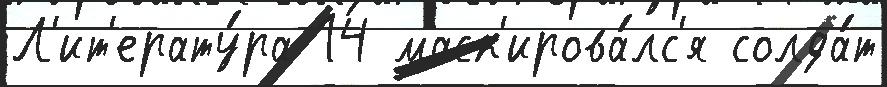
Л'ит'ерату́ра 14 маск'ирова́лс'я солда́т